Civil Veterinary Dept. Bombay admin report 1907-1913 - 1907-1913
Year: 1907
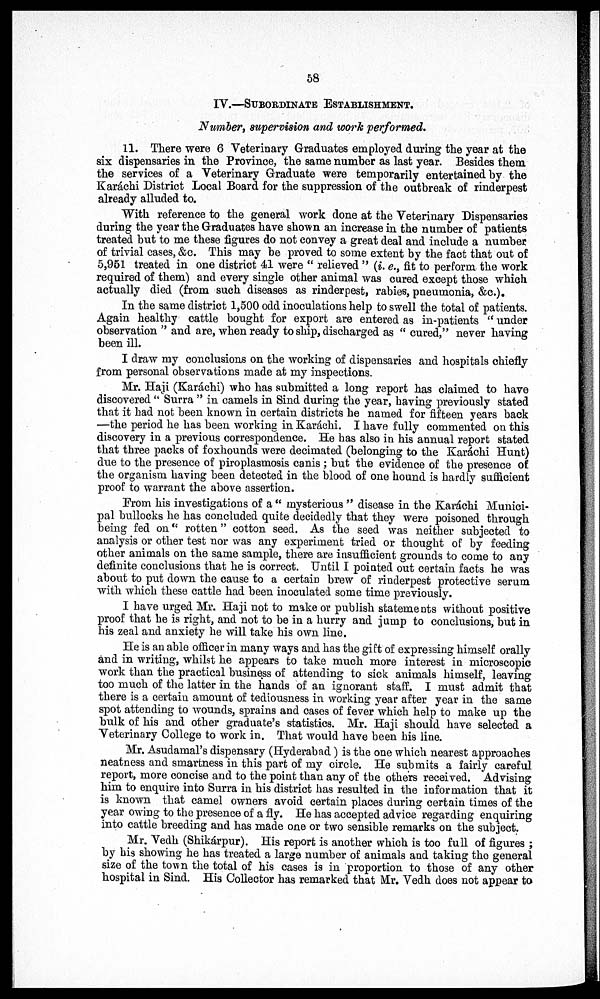
58
IV.—SUBORDINATE ESTABLISHMENT.
Number, supervision and work performed.
11. There were 6 Veterinary Graduates employed during the year at the
six dispensaries in the Province, the same number as last year. Besides them
the services of a Veterinary Graduate were temporarily entertained by the
Karáchi District Local Board for the suppression of the outbreak of rinderpest
already alluded to.
With reference to the general work done at the Veterinary Dispensaries
during the year the Graduates have shown an increase in the number of patients
treated but to me these figures do not convey a great deal and include a number
of trivial cases, &c. This may be proved to some extent by the fact that out of
5,951 treated in one district 41 were " relieved " (i. e., fit to perform the work
required of them) and every single other animal was cured except those which
actually died (from such diseases as rinderpest, rabies, pneumonia, &c.).
In the same district 1,500 odd inoculations help to swell the total of patients.
Again healthy cattle bought for export are entered as in-patients " under
observation " and are, when ready to ship, discharged as " cured," never having
been ill.
I draw my conclusions on the working of dispensaries and hospitals chiefly
from personal observations made at my inspections.
Mr. Haji (Karáchi) who has submitted a long report has claimed to have
discovered " Surra " in camels in Sind during the year, having previously stated
that it bad not been known in certain districts he named for fifteen years back
—the period he has been working in Karachi. I have fully commented on this
discovery in a previous correspondence. He has also in his annual report stated
that three packs of foxhounds were decimated (belonging to the Karáchi Hunt)
due to the presence of piroplasmosis canis ; but the evidence of the presence of
the organism having been detected in the blood of one hound is hardly sufficient
proof to warrant the above assertion.
From his investigations of a " mysterious " disease in the Karáchi Munici-
pal bullocks he has concluded quite decidedly that they were poisoned through
being fed on " rotten " cotton seed. As the seed was neither subjected to
analysis or other test nor was any experiment tried or thought of by feeding
other animals on the same sample, there are insufficient grounds to come to any
definite conclusions that he is correct. Until I pointed out certain facts he was
about to put down the cause to a certain brew of rinderpest protective serum
with which these cattle had been inoculated some time previously.
I have urged Mr. Haji not to make or publish statements without positive
proof that he is right, and not to be in a hurry and jump to conclusions, but in
his zeal and anxiety he will take his own line.
He is an able officer in many ways and has the gift of expressing himself orally
and in writing, whilst he appears to take much more interest in microscopic
work than the practical business of attending to sick animals himself, leaving
too much of the latter in the hands of an ignorant staff. I must admit that
there is a certain amount of tediousness in working year after year in the same
spot attending to wounds, sprains and oases of fever which help to make up the
bulk of his and other graduate's statistics. Mr. Haji should have selected a
Veterinary College to work in. That would have been his line.
Mr. Asudamal's dispensary (Hyderabad) is the one which nearest approaches
neatness and smartness in this part of my circle. He submits a fairly careful
report, more concise and to the point than any of the others received. Advising
him to enquire into Surra in his district has resulted in the information that it
is known that camel owners avoid certain places during certain times of the
year owing to the presence of a fly. He has accepted advice regarding enquiring
into cattle breeding and has made one or two sensible remarks on the subject.
Mr. Vedh (Shikárpur). His report is another which is too full of figures ;
by his showing he has treated a large number of animals and taking the general
size of the town the total of his cases is in proportion to those of any other
hospital in Sind. His Collector has remarked that Mr. Vedh does not appear to